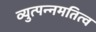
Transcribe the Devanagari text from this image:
व्युत्पन्नमतित्व